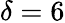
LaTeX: \delta=6